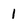
Character: 1